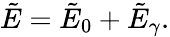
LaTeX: \tilde{E}=\tilde{E}_{0}+\tilde{E}_{\gamma}.